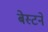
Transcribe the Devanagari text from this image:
बेस्टने